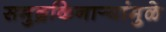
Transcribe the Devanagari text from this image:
समुद्रकिनार्‍यांमुळे